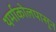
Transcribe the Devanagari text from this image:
थर्माकोलपासून